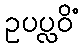
ဥပပ္လဝိံ